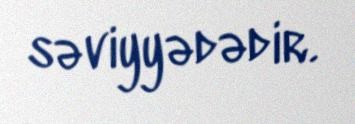
səviyyədədir.